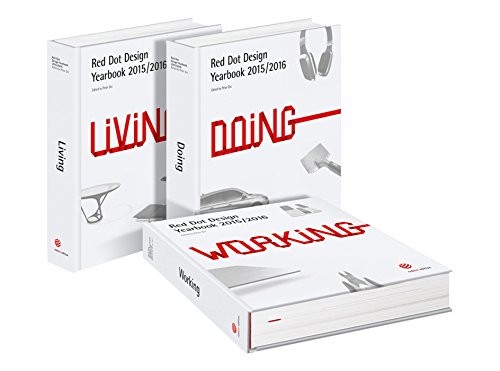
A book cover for Red Dot Design Yearbook 2015/2016: Living, Doing & Working; Arts & Photography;